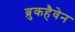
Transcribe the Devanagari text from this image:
ब्रुकहैवेन